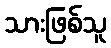
သားဖြစ်သူ